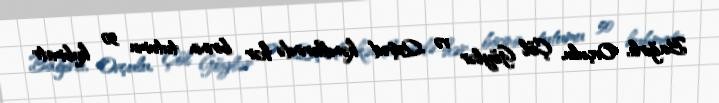
Bağırlı, Ovçulu, Çöl Göylər və Qəşəd kəndlərində hər birinin tutumu 50 kubmetr